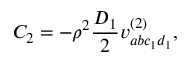
C _ { 2 } = - \rho ^ { 2 } \frac { D _ { 1 } } { 2 } v _ { a b c _ { 1 } d _ { 1 } } ^ { ( 2 ) } ,